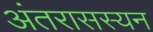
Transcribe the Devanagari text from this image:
अंतरासस्यन